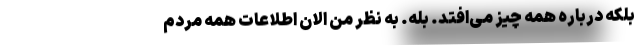
بلکه درباره همه چیز می‌افتد. بله. به نظر من الان اطلاعات همه مردم